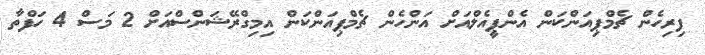
ފިރިހެން ޗެމްޕިއަންކަން އެންޕީއެލްއަށް އަންހެން ޗެމްޕިއަންކަން އިމިގްރޭޝަންސްއަށް 2 މަސް 4 ހަފްތާ